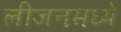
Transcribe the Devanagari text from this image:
लीजनमध्ये